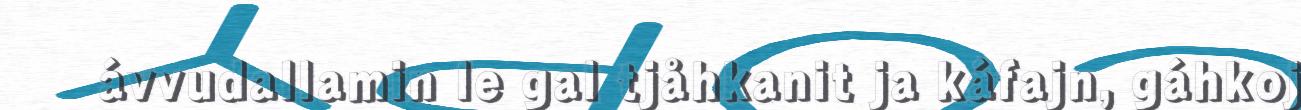
ávvudallamin le gal tjåhkanit ja káfajn, gáhkoj